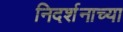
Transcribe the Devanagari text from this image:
निदर्शनाच्या